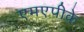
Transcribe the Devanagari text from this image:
एमएपीके